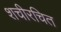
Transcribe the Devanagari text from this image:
शचीरचित